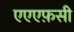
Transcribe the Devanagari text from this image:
एएएफ़सी